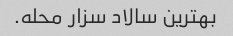
بهترین سالاد سزار محله.